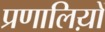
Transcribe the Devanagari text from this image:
प्रणालिय़ों